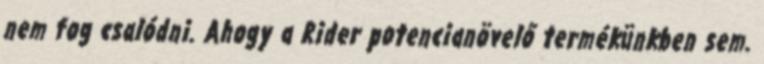
nem fog csalódni. Ahogy a Rider potencianövelő termékünkben sem.